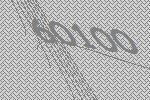
60100